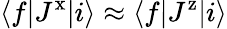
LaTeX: \langle f|J^{\mathrm{x}}|i\rangle\approx\langle f|J^{\mathrm{z}}|i\rangle